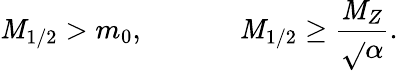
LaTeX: \mathit{M}_{1/2}>m_{0},\; \; \; \; \; \; \; \; \; \; \; \; \mathit{M}_{1/2}\geq\frac{{\mathit{M}_{Z}}}{{\sqrt{}{{\alpha}}}}.